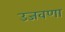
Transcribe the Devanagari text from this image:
उजवणा